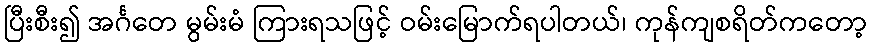
ပြီးစီး၍ အင်္ဂတေ မွမ်းမံ ကြားရသဖြင့် ဝမ်းမြောက်ရပါတယ်၊ ကုန်ကျစရိတ်ကတော့